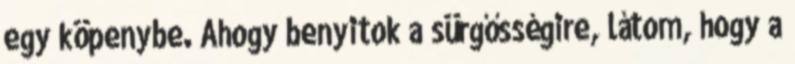
egy köpenybe. Ahogy benyitok a sürgősségire, látom, hogy a